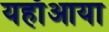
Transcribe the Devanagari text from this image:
यहाँआया